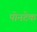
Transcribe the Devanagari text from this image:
पोनटेक